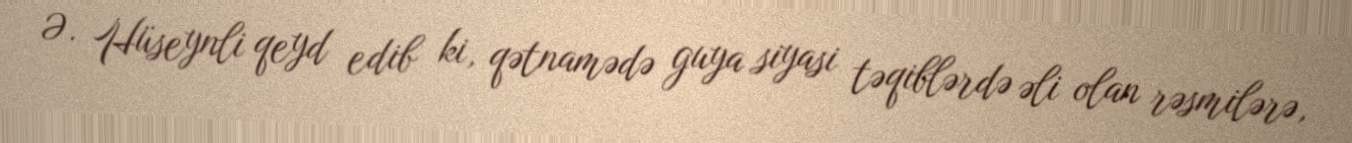
Ə. Hüseynli qeyd edib ki, qətnamədə guya siyasi təqiblərdə əli olan rəsmilərə,